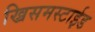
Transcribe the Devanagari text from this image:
ख्रिसमस्टाईड